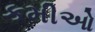
કમીઓ